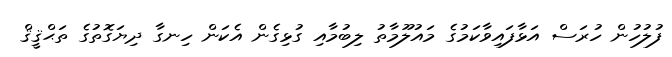
ފުލުހުން ހުރަސް އަޅާފައިވާކަމުގެ މައުލޫމާތު ލިބުމާއި ގުޅިގެން އެކަން ހިނގާ ދިޔަގޮތުގެ ތަޙްޤީޤް